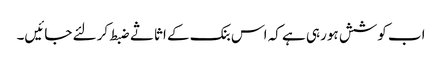
اب کوشش ہورہی ہے کہ اس بنک کے اثاثے ضبط کرلئے جائیں۔